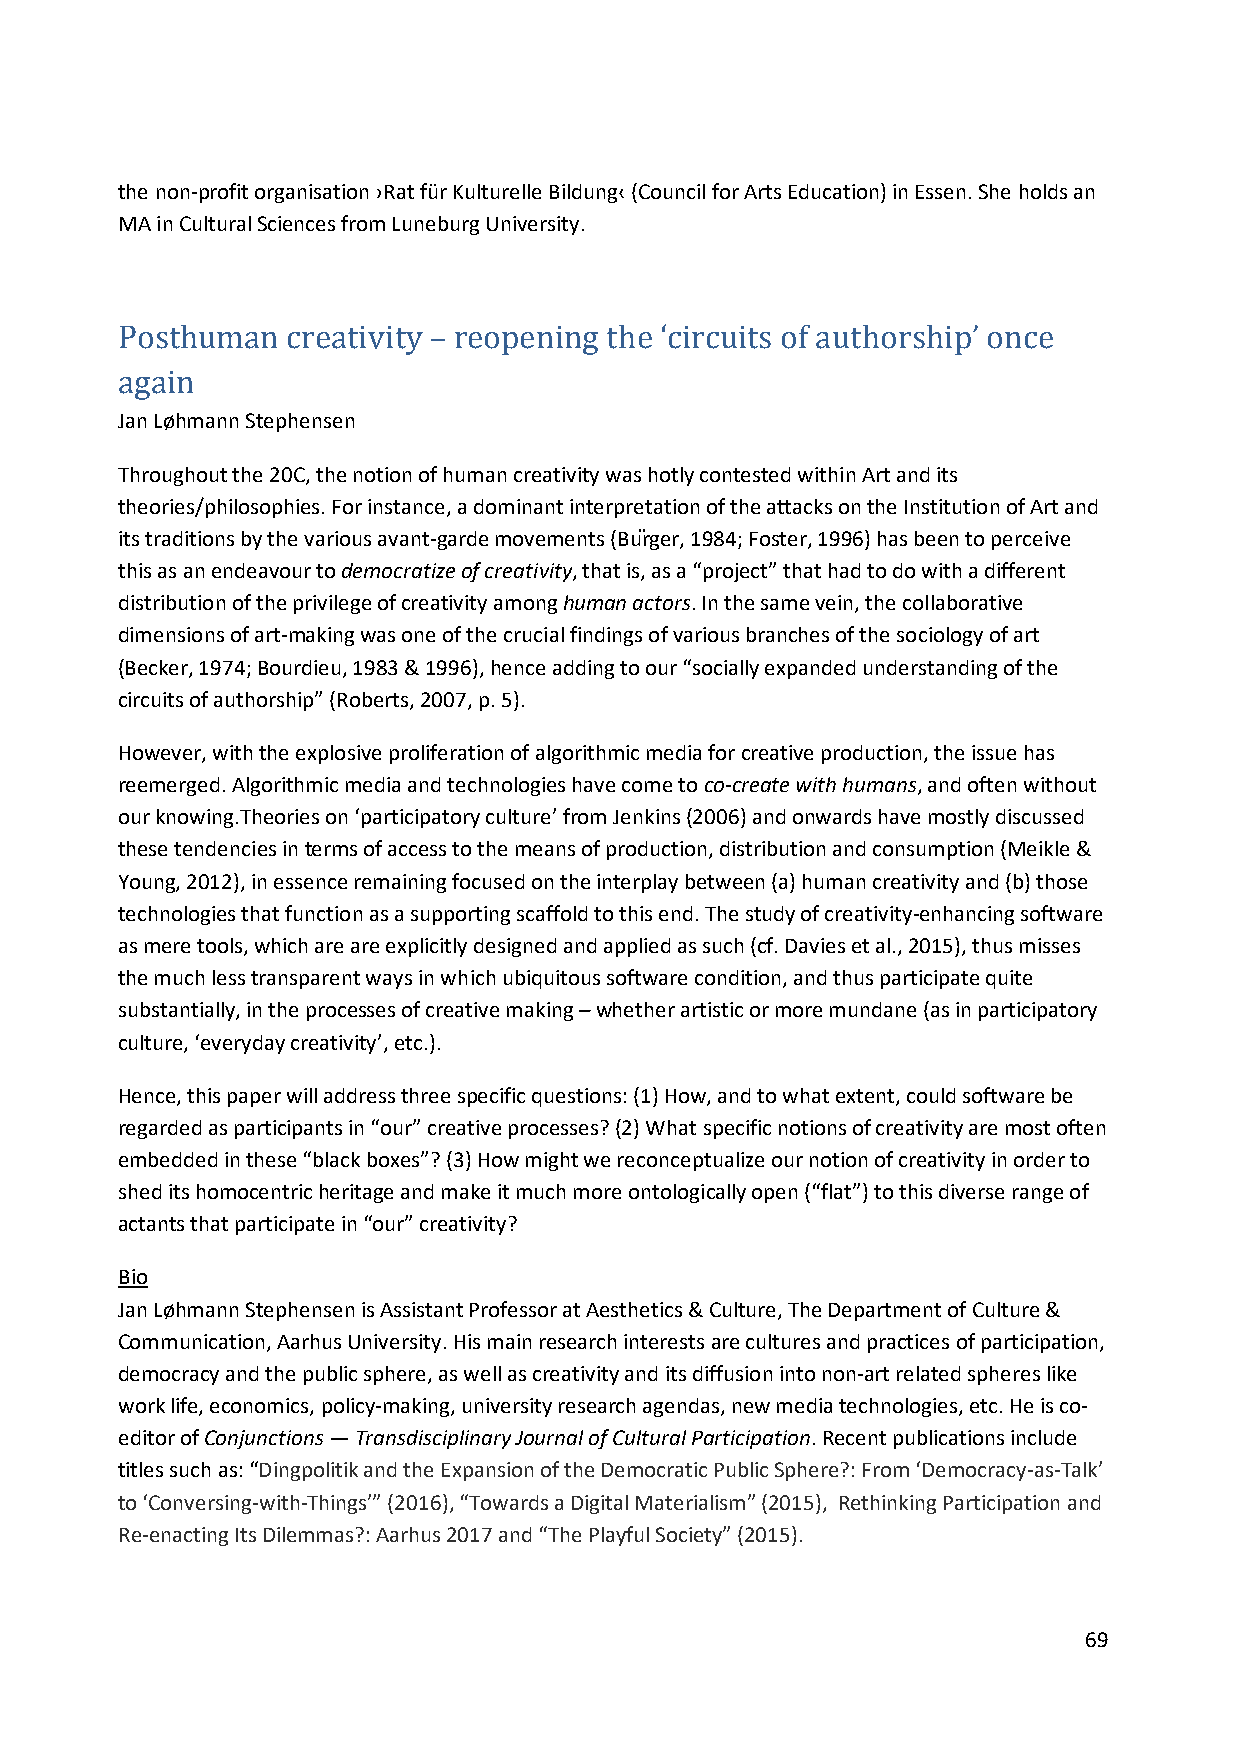
the non-profit organisation ›Rat für Kulturelle Bildung‹ (Council for Arts Education) in Essen. She holds an
 MA in Cultural Sciences from Luneburg University.
 Posthuman  creat ivity – reopening the ‘circuits of authorship’ once
 Jan Løhmann Stephensen
 again
 Throughout the 20C, the notion of human creativity was hotly contested within Art and its
 theories/philosophies. For instance, a dominant interpretation of the attacks on the Institution of Art and
 its traditions by the various avant-garde movements (Bürger, 1984; Foster, 1996) has been to perceive
 this as an endeavour to democratize of creativity, that is, as a “project” that had to do with a different
 distribution of the privilege of creativity among human actors. In the same vein, the collaborative
 dimensions of art-making was one of the crucial findings of various branches of the sociology of art
 (Becker, 1974; Bourdieu, 1983 & 1996), hence adding to our “socially expanded understanding of the
 circuits of authorship” (Roberts, 2007, p. 5).
 However, with the explosive proliferation of algorithmic media for creative production, the issue has
 reemerged. Algorithmic media and technologies have come to co-create with humans, and often without
 our knowing.Theories on ‘participatory culture’ from Jenkins (2006) and onwards have mostly discussed
 these tendencies in terms of access to the means of production, distribution and consumption (Meikle &
 Young, 2012), in essence remaining focused on the interplay between (a) human creativity and (b) those
 technologies that function as a supporting scaffold to this end. The study of creativity-enhancing software
 as mere tools, which are are explicitly designed and applied as such (cf. Davies et al., 2015), thus misses
 the much less transparent ways in which ubiquitous software condition, and thus participate quite
 substantially, in the processes of creative making – whether artistic or more mundane (as in participatory
 culture, ‘everyday creativity’, etc.).
 Hence, this paper will address three specific questions: (1) How, and to what extent, could software be
 regarded as participants in “our” creative processes? (2) What specific notions of creativity are most often
 embedded in these “black boxes”? (3) How might we reconceptualize our notion of creativity in order to
 shed its homocentric heritage and make it much more ontologically open (“flat”) to this diverse range of
 actants that participate in “our” creativity?
 Bio
 Jan Løhmann Stephensen is Assistant Professor at Aesthetics & Culture, The Department of Culture &
 Communication, Aarhus University. His main research interests are cultures and practices of participation,
 democracy and the public sphere, as well as creativity and its diffusion into non-art related spheres like
 work life, economics, policy-making, university research agendas, new media technologies, etc. He is co-
 editor of Conjunctions — Transdisciplinary Journal of Cultural Participation. Recent publications include
 titles such as: “Dingpolitik and the Expansion of the Democratic Public Sphere?: From ‘Democracy-as-Talk’
 to ‘Conversing-with-Things’” (2016), “Towards a Digital Materialism” (2015), Rethinking Participation and
 Re-enacting Its Dilemmas?: Aarhus 2017 and “The Playful Society” (2015).
 69